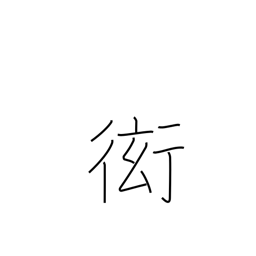
Meaning: show off